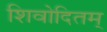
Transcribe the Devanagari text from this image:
शिवोदितम्